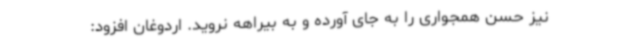
نیز حسن همجواری را به جای آورده و به بیراهه نروید. اردوغان افزود: